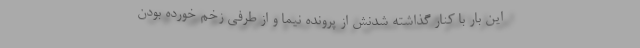
این بار با کنار گذاشته شدنش از پرونده نیما و از طرفی زخم خورده بودن